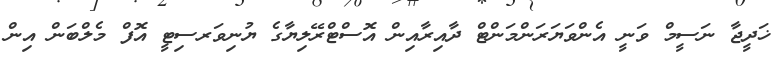
ޚަދީޖާ ނަސީމް ވަނީ އެންވަޔަރަންމަންޓް ދާއިރާއިން އޮސްޓްރޭލިޔާގެ ޔުނިވަރސިޓީ އޮފް މެލްބަން އިން